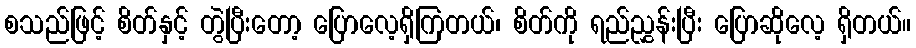
စသည်ဖြင့် စိတ်နှင့် တွဲပြီးတော့ ပြောလေ့ရှိကြတယ်၊ စိတ်ကို ရည်ညွှန်းပြီး ပြောဆိုလေ့ ရှိတယ်။